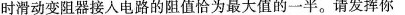
时滑动变阻器接人电路的阻值恰为最大值的一半。请发挥你